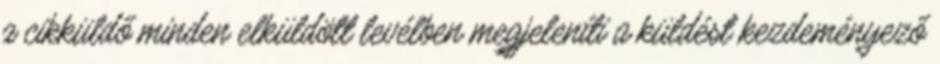
a cikküldő minden elküldött levélben megjeleníti a küldést kezdeményező